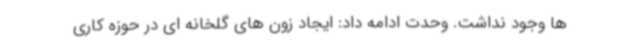
ها وجود نداشت. وحدت ادامه داد: ایجاد زون های گلخانه ای در حوزه کاری